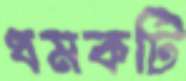
ধমকটি